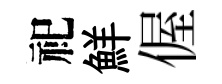
祀鮮偓